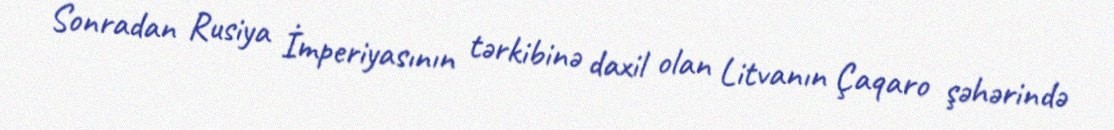
Sonradan Rusiya İmperiyasının tərkibinə daxil olan Litvanın Çaqaro şəhərində